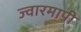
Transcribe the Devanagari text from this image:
ज्वारमापी